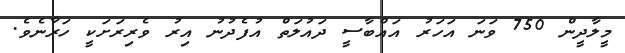
މީލާދީން 750 ވަނަ އަހަރު އައްބާސީ ދައުލަތް އުފެދުނު އިރު ވެރިރަށަކީ ހަރާނެވެ.